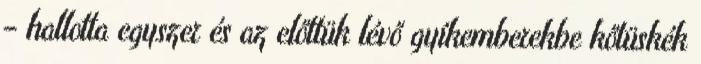
– hallotta egyszer és az előttük lévő gyíkemberekbe kőtüskék